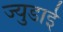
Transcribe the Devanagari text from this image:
ज्युडाई